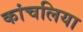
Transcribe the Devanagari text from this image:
कांचलिया